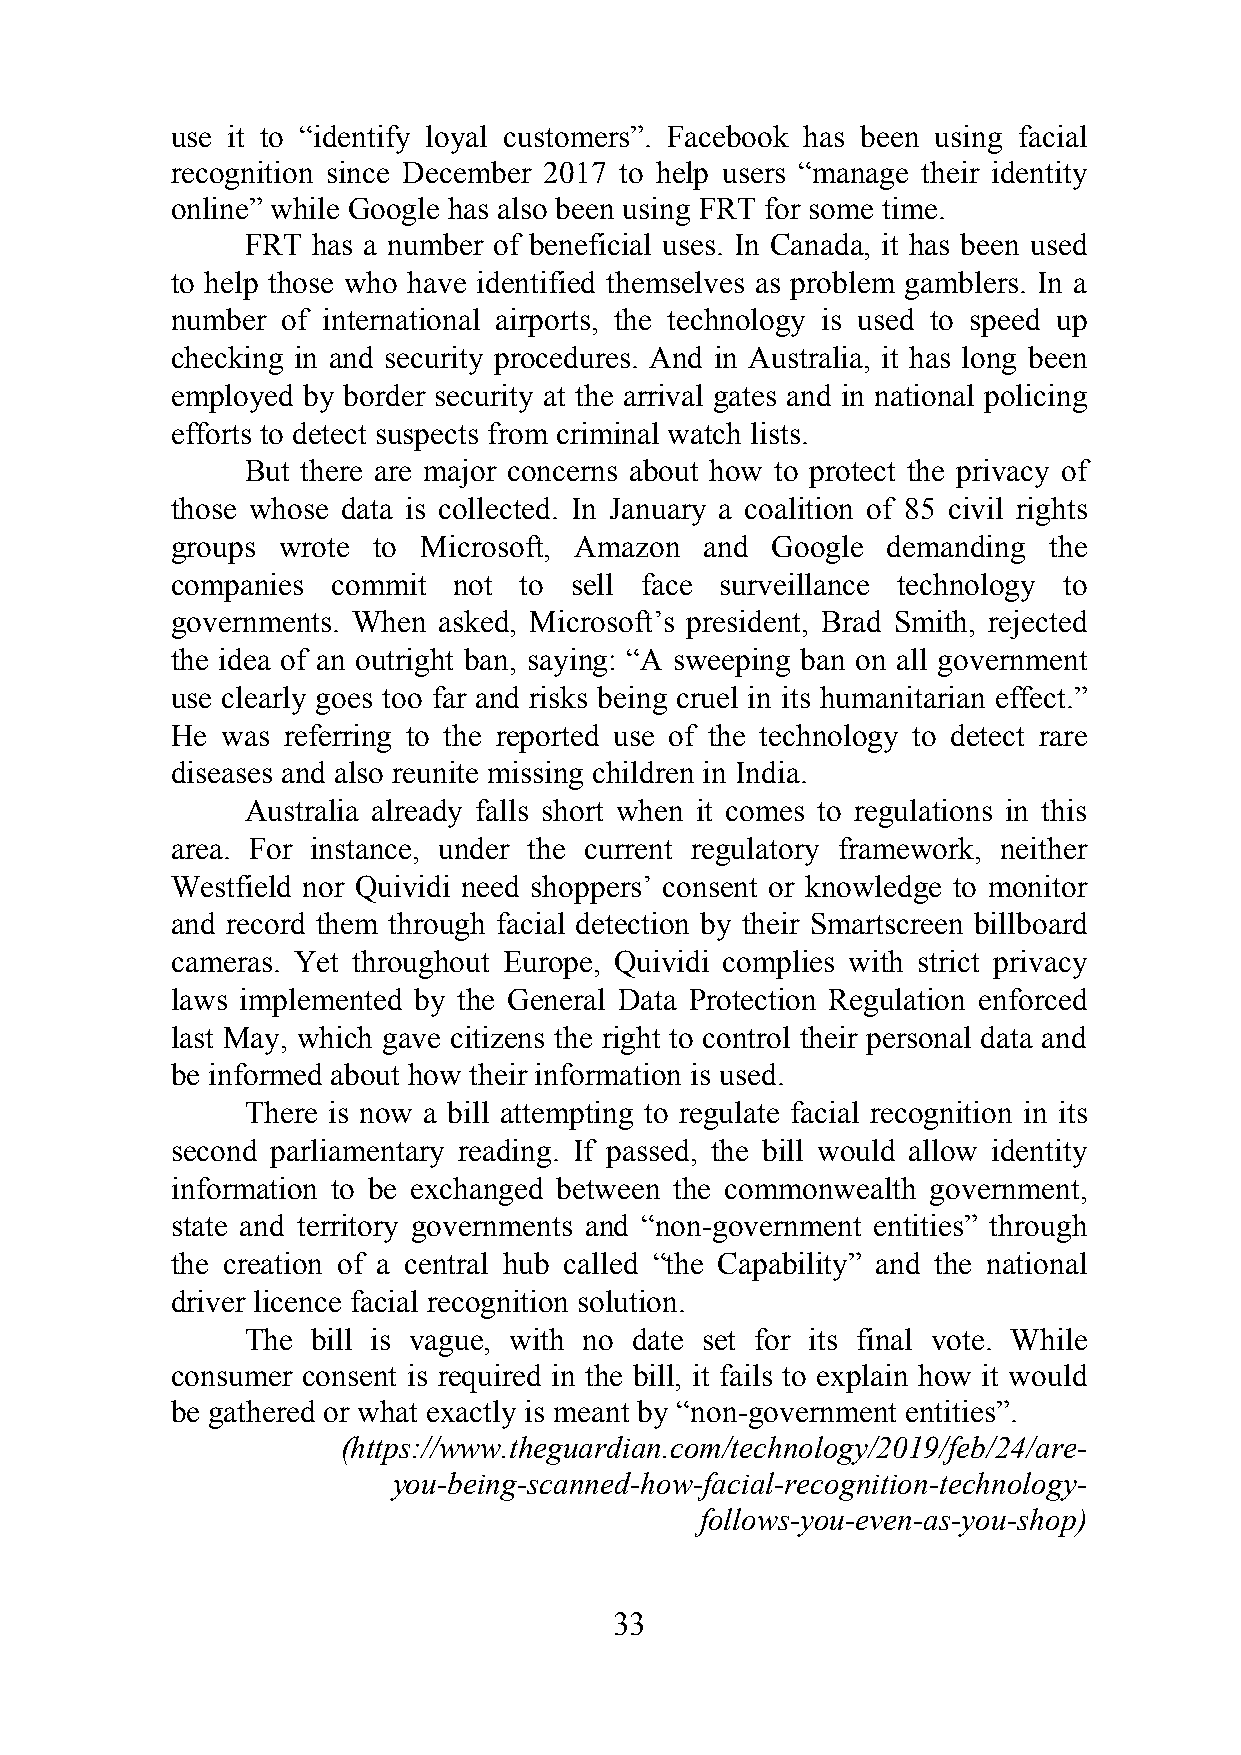
use it to “identify loyal customers”. Facebook has been using facial
 recognition since December 2017 to help users “manage their identity
 online” while Google has also been using FRT for some time.
 FRT  has a number of beneficial uses. In Canada, it has been used
 to help those who have identified themselves as problem gamblers. In a
 number  of international airports, the technology is used to speed up
 checking in and security procedures. And in Australia, it has long been
 employed by border security at the arrival gates and in national policing
 efforts to detect suspects from criminal watch lists.
 But there are major concerns about how to protect the privacy of
 those whose data is collected. In January a coalition of 85 civil rights
 groups wrote  to Microsoft, Amazon  and Google  demanding the
 companies  commit  not to  sell face surveillance technology to
 governments. When asked, Microsoft’s president, Brad Smith, rejected
 the idea of an outright ban, saying: “A sweeping ban on all government
 use clearly goes too far and risks being cruel in its humanitarian effect.”
 He  was referring to the reported use of the technology to detect rare
 diseases and also reunite missing children in India.
 Australia already falls short when it comes to regulations in this
 area. For instance, under the current regulatory framework, neither
 Westfield nor Quividi need shoppers’ consent or knowledge to monitor
 and record them through facial detection by their Smartscreen billboard
 cameras. Yet throughout Europe, Quividi complies with strict privacy
 laws implemented by the General Data Protection Regulation enforced
 last May, which gave citizens the right to control their personal data and
 be informed about how their information is used.
 There is now a bill attempting to regulate facial recognition in its
 second parliamentary reading. If passed, the bill would allow identity
 information to be exchanged between the commonwealth government,
 state and territory governments and “non-government entities” through
 the creation of a central hub called “the Capability” and the national
 driver licence facial recognition solution.
 The  bill is vague, with no date set for its final vote. While
 consumer consent is required in the bill, it fails to explain how it would
 be gathered or what exactly is meant by “non-government entities”.
 (https://www.theguardian.com/technology/2019/feb/24/are-
 you-being-scanned-how-facial-recognition-technology-
 follows-you-even-as-you-shop)
 33